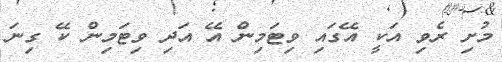
މުށި ރެވި އަކީ އޭގައި ވިޓަމިން އޭ އަދި ވިޓަމިން ކޭ ގިނަ